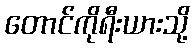
တောင်ကိုရီးယားသို့